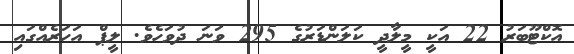
އޮކްޓޫބަރު 22 އަކީ މީލާދީ ކަލަންޑަރުގެ 295 ވަނަ ދުވަހެވެ. ލީޕް އަހަރެއްގައި